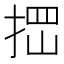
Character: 𰓾